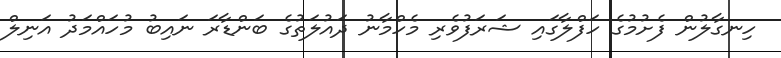
ހިނގާލުން ފެށުމުގެ ހަފްލާގައި ޝަރަފުވެރި މެހްމާނު ދައުލަތުގެ ބަންޑާރަ ނައިބު މުހައްމަދު އަނިލް